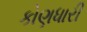
કોણધારી